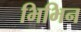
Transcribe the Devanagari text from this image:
भिभिन